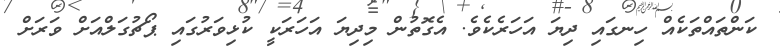
ކަންތައްތަކެއް ހިނގައި ދިޔަ އަހަރެކެވެ. އެގޮތުން މިދިޔަ އަހަރަކީ ކުޅިވަރުގައި ޕޯޗުގަލްއަށް ވަރަށް